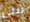
تبني